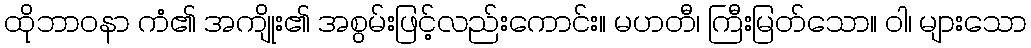
ထိုဘာဝနာ ကံ၏ အကျိုး၏ အစွမ်းဖြင့်လည်းကောင်း။ မဟတီ၊ ကြီးမြတ်သော။ ဝါ၊ များသော